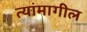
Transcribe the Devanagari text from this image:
त्यांमागील